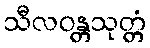
သီလဝန္တသုတ္တံ